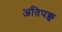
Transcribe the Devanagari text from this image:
अतिपक्व